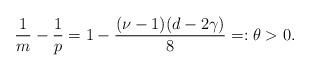
LaTeX: \begin{align*}\frac{1}{m}-\frac{1}{p}=1-\frac{(\nu-1)(d-2\gamma)}{8}=:\theta>0. \end{align*}